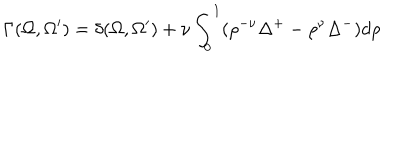
LaTeX: \Gamma ( \Omega , \Omega ^ { \prime } ) = \delta ( \Omega , \Omega ^ { \prime } ) + \nu \int _ { 0 } ^ { 1 } ( \rho ^ { - \nu } \Delta ^ { + } - \rho ^ { \nu } \Delta ^ { - } ) d \rho